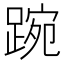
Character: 踠